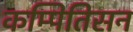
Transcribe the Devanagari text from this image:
कम्पितिसन